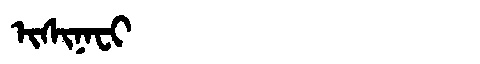
Manchu: ᡳᠰᡳᠨᠠᠸᡳ
Romanization: ISINAFI